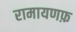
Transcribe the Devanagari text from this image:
रामायणफ़